Scottish Leaving Certificate Examination, 1960
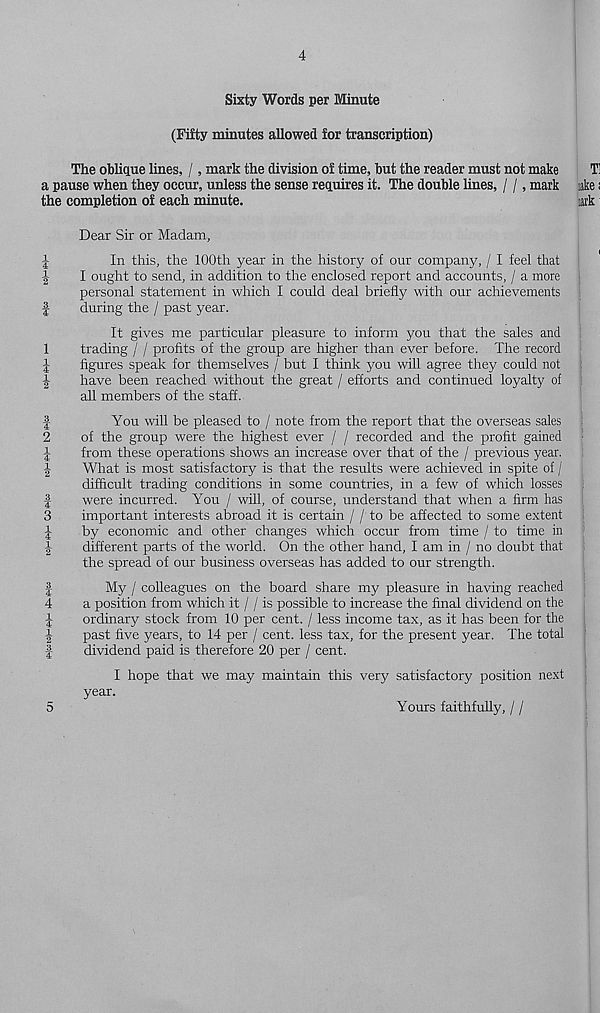
>4^tHco
mIhiHm COtHw
bOrfHco
mImiHm h-‘
tf^lw mImiMm
4
Sixty Words per Minute
(Fifty minutes allowed for transcription)
The oblique lines, /, mark the division of time, but the reader must not make
T!
a pause when they occur, unless the sense requires it. The double lines, / /, mark like;
the completion of each minute.
ink
Dear Sir or Madam,
In this, the 100th year in the history of our company, / I feel that
I ought to send, in addition to the enclosed report and accounts, / a more
personal statement in which I could deal briefly with our achievements
during the / past year.
It gives me particular pleasure to inform you that the sales and
trading / / profits of the group are higher than ever before. The record
figures speak for themselves / but I think you will agree they could not
have been reached without the great / efforts and continued loyalty of
all members of the staff.
You will be pleased to / note from the report that the overseas sales
of the group were the highest ever / / recorded and the profit gained
from these operations shows an increase over that of the / previous year.
What is most satisfactory is that the results were achieved in spite of /
difficult trading conditions in some countries, in a few of which losses
were incurred. You / will, of course, understand that when a firm has
important interests abroad it is certain / / to be affected to some extent
by economic and other changes which occur from time / to time in
different parts of the world. On the other hand, I am in / no doubt that
the spread of our business overseas has added to our strength.
My / colleagues on the board share my pleasure in having reached
a position from which it / / is possible to increase the final dividend on the
ordinary stock from 10 per cent. / less income tax, as it has been for the
past five years, to 14 per / cent, less tax, for the present year. The total
dividend paid is therefore 20 per / cent.
I hope that we may maintain this very satisfactory position next
year.
5
Yours faithfully, / /